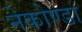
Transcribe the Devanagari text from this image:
नेकोण्डा